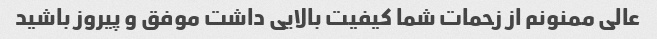
عالی ممنونم از زحمات شما کیفیت بالایی داشت موفق و پیروز باشید